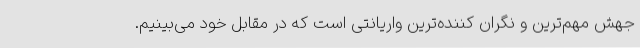
جهش مهم‌ترین و نگران کننده‌ترین واریانتی است که در مقابل خود می‌بینیم.